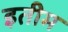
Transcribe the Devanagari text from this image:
इतीम